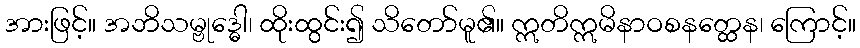
အားဖြင့်။ အဘိသမ္ဗုဒ္ဓေါ၊ ထိုးထွင်း၍ သိတော်မူ၏။ ဣတိဣမိနာဝစနတ္ထေန၊ ကြောင့်။